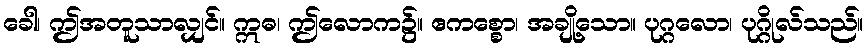
ခေါ၊ ဤအတူသာလျှင်။ ဣဓ၊ ဤလောက၌။ ဧကစ္စော၊ အချို့သော။ ပုဂ္ဂလော၊ ပုဂ္ဂိုလ်သည်။